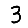
Digit: 3